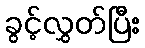
ခွင့်လွှတ်ပြီး